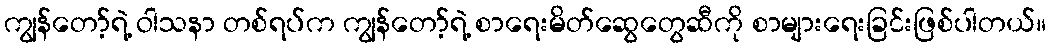
ကျွန်တော့်ရဲ့ ဝါသနာ တစ်ရပ်က ကျွန်တော့်ရဲ့ စာရေးမိတ်ဆွေတွေဆီကို စာများရေးခြင်းဖြစ်ပါတယ်။